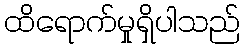
ထိရောက်မှုရှိပါသည်